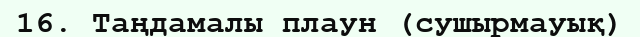
16. Таңдамалы плаун (сушырмауық)